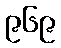
၉၆၉